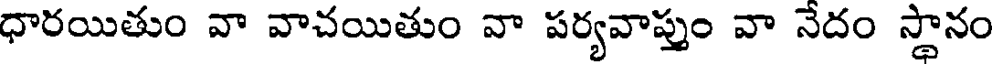
ధారయితుం వా వాచయితుం వా పర్యవాప్తుం వా నేదం స్థానం